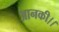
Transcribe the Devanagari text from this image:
आनकी।।